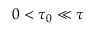
0 < \tau _ { 0 } \ll \tau